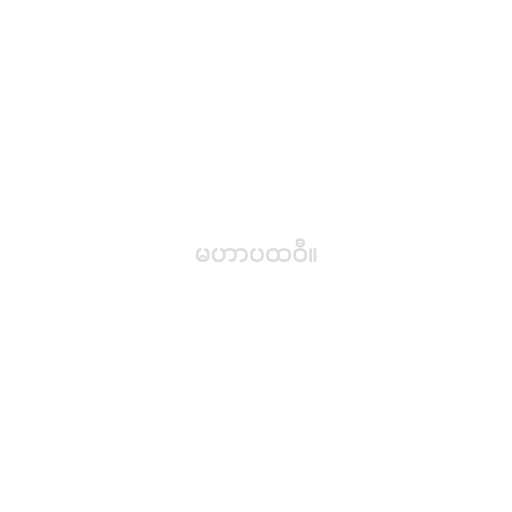
မဟာပထဝီ။